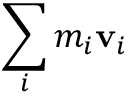
\, \! \sum _ { i } m _ { i } \mathbf { v } _ { i }